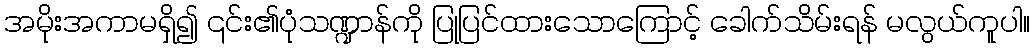
အမိုးအကာမရှိ၍ ၎င်း၏ပုံသဏ္ဍာန်ကို ပြုပြင်ထားသောကြောင့် ခေါက်သိမ်းရန် မလွယ်ကူပါ။